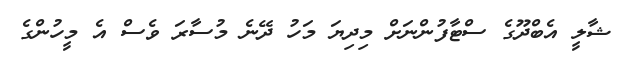
ޝާލީ އެބްދޫގެ ސްޓާފުންނަށް މިދިޔަ މަހު ދޭނެ މުސާރަ ވެސް އެ މީހުންގެ